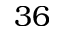
3 6